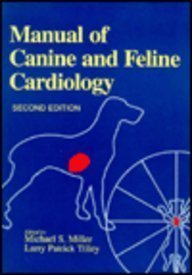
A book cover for Manual of Canine and Feline Cardiology; Michael S. Miller; Medical Books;